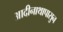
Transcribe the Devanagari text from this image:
आदीनाथापासुन